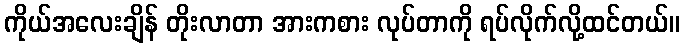
ကိုယ်အလေးချိန် တိုးလာတာ အားကစား လုပ်တာကို ရပ်လိုက်လို့ထင်တယ်။